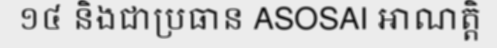
១៤ និងជាប្រធាន ASOSAI អាណត្តិ